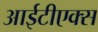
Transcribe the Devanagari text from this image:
आईटीएक्स